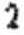
2